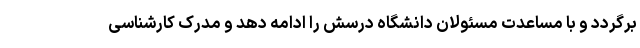
برگردد و با مساعدت مسئولان دانشگاه درسش را ادامه دهد و مدرک کارشناسی